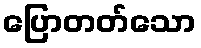
ပြောတတ်သော